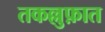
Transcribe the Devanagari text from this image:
तकल्लुफ़ात